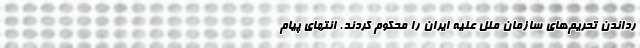
رداندن تحریم‌های سازمان ملل علیه ایران را محکوم کردند. انتهای پیام